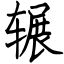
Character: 辗